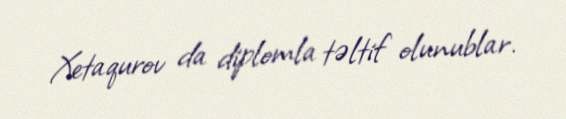
Xetaqurov da diplomla təltif olunublar.